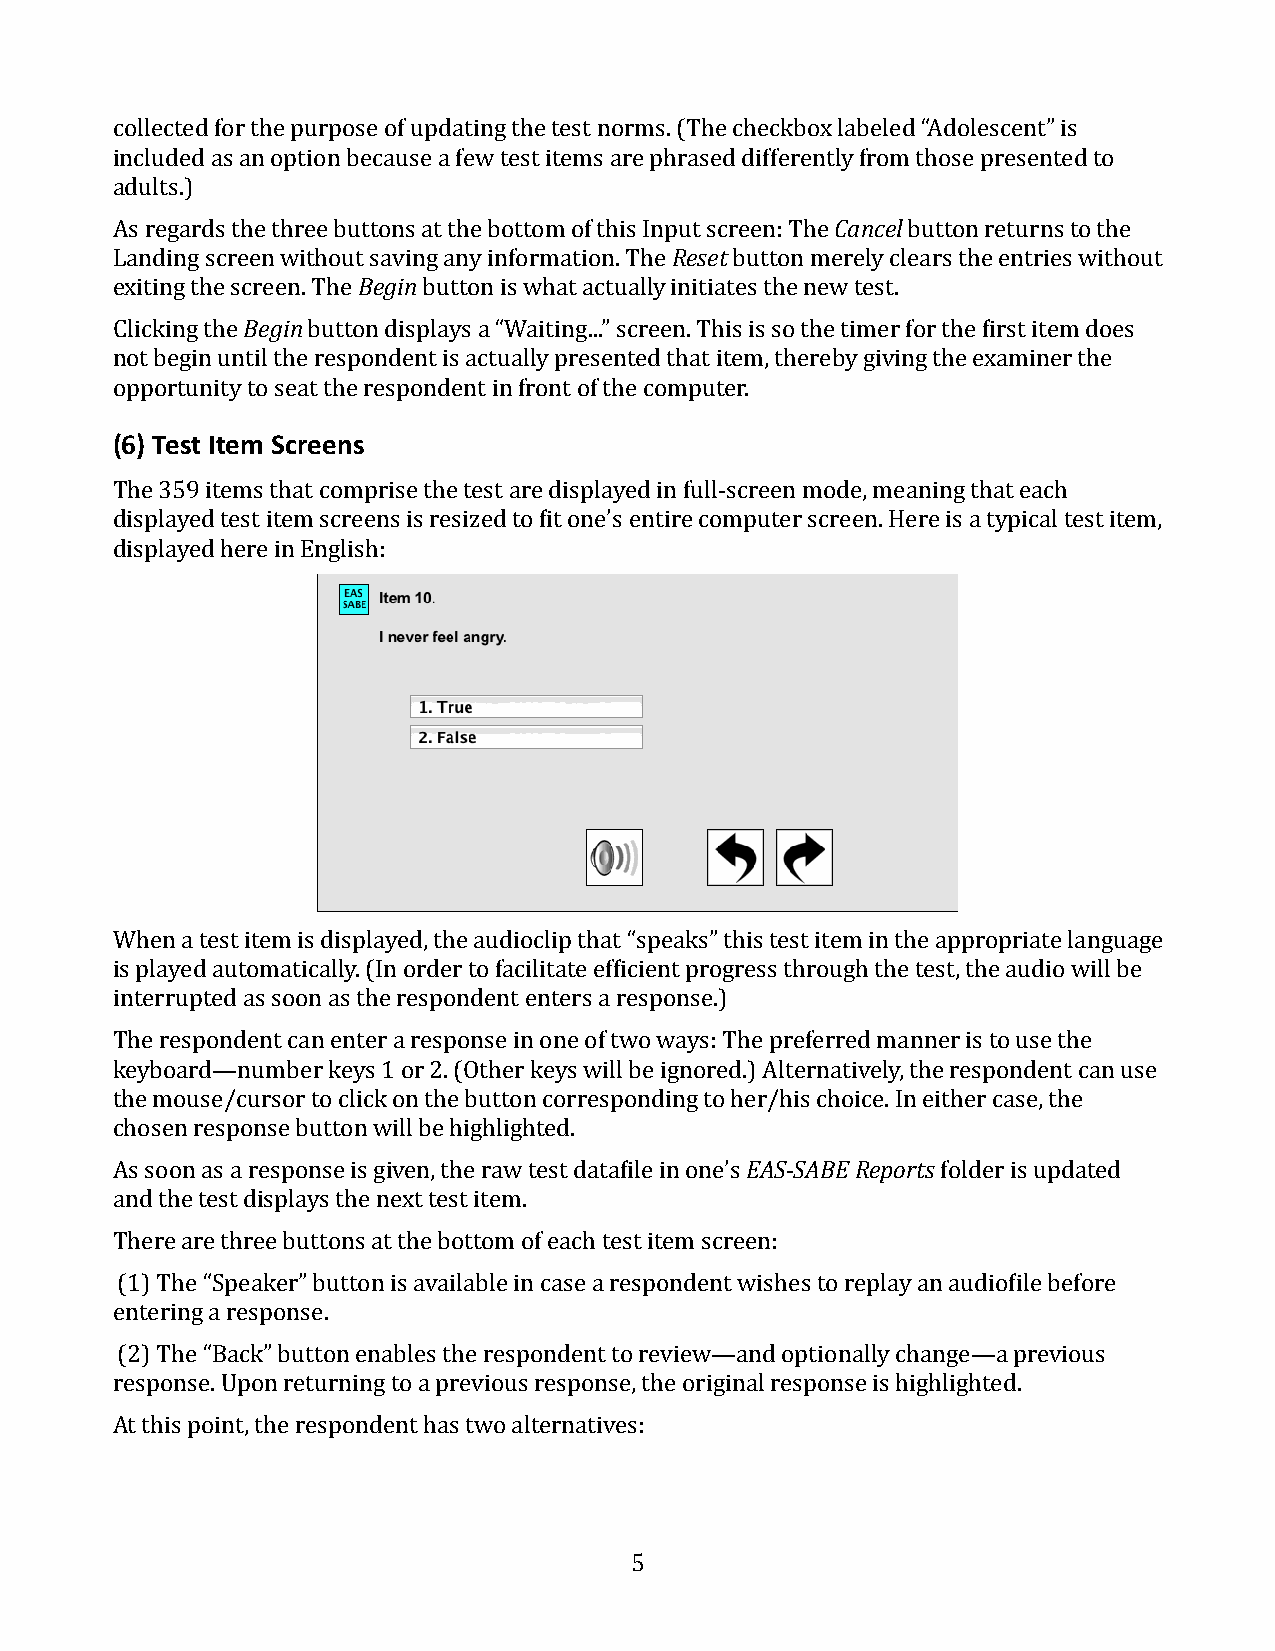
collected for the purpose of updating the test norms. (The checkbox labeled “Adolescent” is
 included as an option because a few test items are phrased differently from those presented to
 adults.)
 As regards the three buttons at the bottom of this Input screen: The Cancel button returns to the
 Landing screen without saving any information. The Reset button merely clears the entries without
 exiting the screen. The Begin button is what actually initiates the new test.
 Clicking the Begin button displays a “Waiting...” screen. This is so the timer for the first item does
 not begin until the respondent is actually presented that item, thereby giving the examiner the
 opportunity to seat the respondent in front of the computer.
 (6) Test Item Screens
 The 359 items that comprise the test are displayed in full-screen mode, meaning that each
 displayed test item screens is resized to fit one’s entire computer screen. Here is a typical test item,
 displayed here in English:
 When a test item is displayed, the audioclip that “speaks” this test item in the appropriate language
 is played automatically. (In order to facilitate efficient progress through the test, the audio will be
 interrupted as soon as the respondent enters a response.)
 The respondent can enter a response in one of two ways: The preferred manner is to use the
 keyboard—number keys 1 or 2. (Other keys will be ignored.) Alternatively, the respondent can use
 the mouse/cursor to click on the button corresponding to her/his choice. In either case, the
 chosen response button will be highlighted.
 As soon as a response is given, the raw test datafile in one’s EAS-SABE Reports folder is updated
 and the test displays the next test item.
 There are three buttons at the bottom of each test item screen:
 (1) The “Speaker” button is available in case a respondent wishes to replay an audiofile before
 entering a response.
 (2) The “Back” button enables the respondent to review—and optionally change—a previous
 response. Upon returning to a previous response, the original response is highlighted.
 At this point, the respondent has two alternatives:
 5